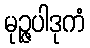
မုဉ္ဇပါဒုကံ